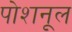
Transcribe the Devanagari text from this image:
पोशनूल